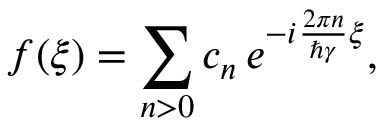
f ( \xi ) = \sum _ { n > 0 } c _ { n } \, e ^ { - i \frac { 2 \pi n } { \hbar \gamma } \xi } ,